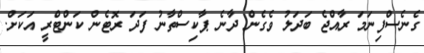
ގެނެސްފިނަމަ ރާއްޖެ ބަދަލު ވެގެން ދާނެ ޕާކިސްތާނު ފަދަ ރޮޓެން ކަންޓްރީ އަކަށް.